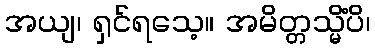
အယျ၊ ရှင်ရသေ့။ အမိတ္တသ္မိံပိ၊